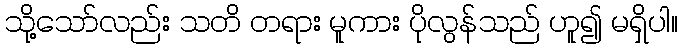
သို့သော်လည်း သတိ တရား မူကား ပိုလွန်သည် ဟူ၍ မရှိပါ။